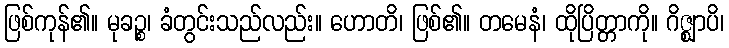
ဖြစ်ကုန်၏။ မုခဉ္စ၊ ခံတွင်းသည်လည်း။ ဟောတိ၊ ဖြစ်၏။ တမေနံ၊ ထိုပြိတ္တာကို။ ဂိဇ္ဈာပိ၊